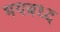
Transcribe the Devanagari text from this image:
भयबध्द